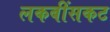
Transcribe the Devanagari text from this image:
लकबींसकट